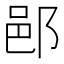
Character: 𨛗